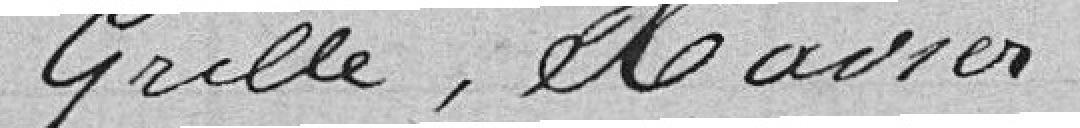
Grille, Xavier